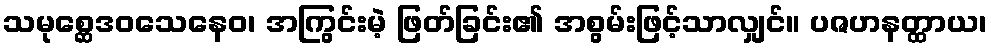
သမုစ္ဆေဒဝသေနေဝ၊ အကြွင်းမဲ့ ဖြတ်ခြင်း၏ အစွမ်းဖြင့်သာလျှင်။ ပဇဟနတ္ထာယ၊